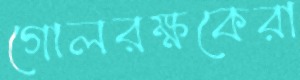
গোলরক্ষকেরা